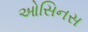
ઓસિનસ